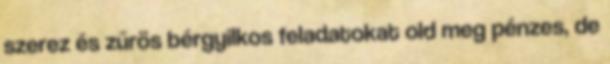
szerez és zűrös bérgyilkos feladatokat old meg pénzes, de